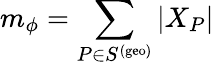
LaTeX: m_{\phi}=\sum_{P\in S^{\mathrm{(geo)}}}|X_{P}|